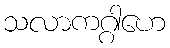
သလာကဂ္ဂါဟေ